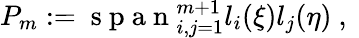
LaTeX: P_{m}:=\mathrm{~s~p~a~n~}_{i,j=1}^{m+1}l_{i}(\xi)l_{j}(\eta)\mathrm{~,~}